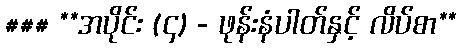
### **အပိုင်း (၄) - ဖုန်းနံပါတ်နှင့် လိပ်စာ**